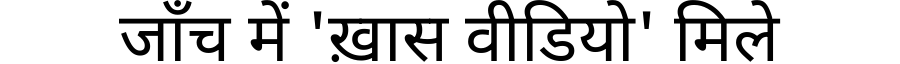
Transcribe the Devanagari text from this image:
जाँच में 'ख़ास वीडियो' मिले